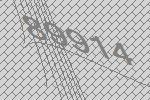
89914